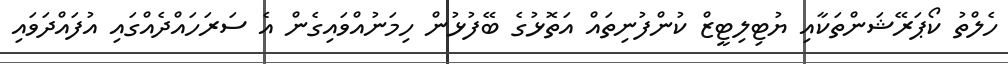
ހެލްތު ކޯޕަރޭޝަންތަކާއި ޔުޓިލިޓީޒް ކުންފުނިތައް އަތޮޅުގެ ބޭފުޅުން ހިމަނުއްވައިގެން އެ ސަރަހައްދެއްގައި އުފައްދަވައި